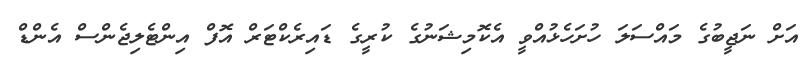
އަށް ނަޖީބުގެ މައްސަލަ ހުށަހެޅުއްްވީ އެކޮމިޝަނުގެ ކުރީގެ ޑައިރެކްޓަރް އޮފް އިންޓެލިޖެންސް އެންޑް